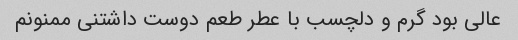
عالی بود گرم و دلچسب با عطر طعم دوست داشتنی ممنونم